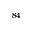
^ { 8 4 }